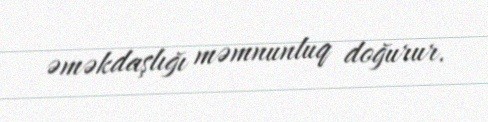
əməkdaşlığı məmnunluq doğurur.